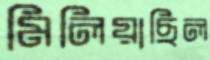
মিলিয়াছিল